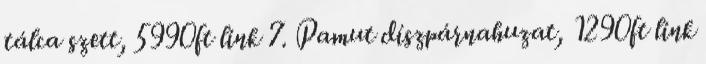
tálca szett, 5990ft link 7. Pamut díszpárnahuzat, 1290ft link